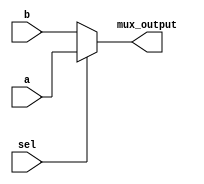
`timescale 1ns / 1ps
//////////////////////////////////////////////////////////////////////////////////
// Company: 
// Engineer: 
// 
// Design Name: 
// Module Name: two_by_1mux
// Project Name: 
// Target Devices: 
// Tool Versions: 
// Description: 
// 
// Dependencies: 
// 
// Revision:
// Revision 0.01 - File Created
// Additional Comments:
// 
//////////////////////////////////////////////////////////////////////////////////


module two_by_1mux(input a, input b, input sel, output mux_output);
    assign mux_output= (sel)? a:b;
    
endmodule